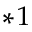
^ { \ast 1 }